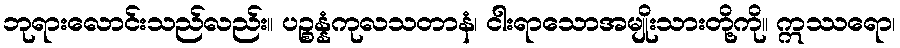
ဘုရားလောင်းသည်လည်း။ ပဉ္စန္နံကုလသတာနံ၊ ငါးရာသောအမျိုးသားတို့ကို။ ဣဿရော၊